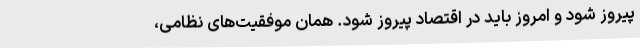
پیروز شود و امروز باید در اقتصاد پیروز شود. همان موفقیت‌های نظامی،